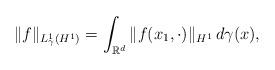
LaTeX: \begin{align*}\|f\|_{L^1_{\gamma}(H^1)}=\int_{\mathbb{R}^d}\|f(x_1,\cdot)\|_{H^1}\,d\gamma(x),\end{align*}